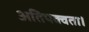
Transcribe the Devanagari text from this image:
अतिपक्वता।